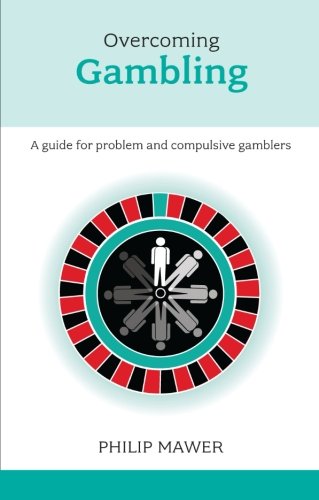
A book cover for Overcoming Problem Gambling - A guide for problem and compulsive gamblers (Overcoming Common Problems); Philip Mawer; Health, Fitness & Dieting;